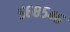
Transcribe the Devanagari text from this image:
५६८५४६